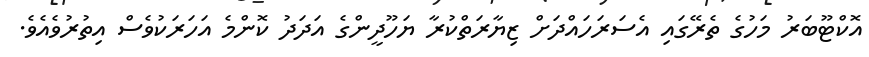
އޮކްޓޫބަރު މަހުގެ ތެރޭގައި އެސަރަހައްދަށް ޒިޔާރަތްކުރާ ޔަހޫދީންގެ އަދަދު ކޮންމެ އަހަރަކުވެސް އިތުރުވެއެވެ.